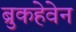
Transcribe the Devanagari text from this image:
ब्रुकहेवेन